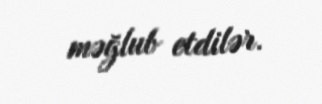
məğlub etdilər.